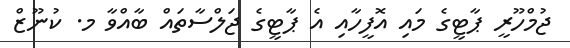
ޖުމްހޫރީ ޕާޓީގެ މައި އޮފީހާއި އެ ޕާޓީގެ ޖަލްސާތައް ބާއްވާ މ. ކުނޫޒް